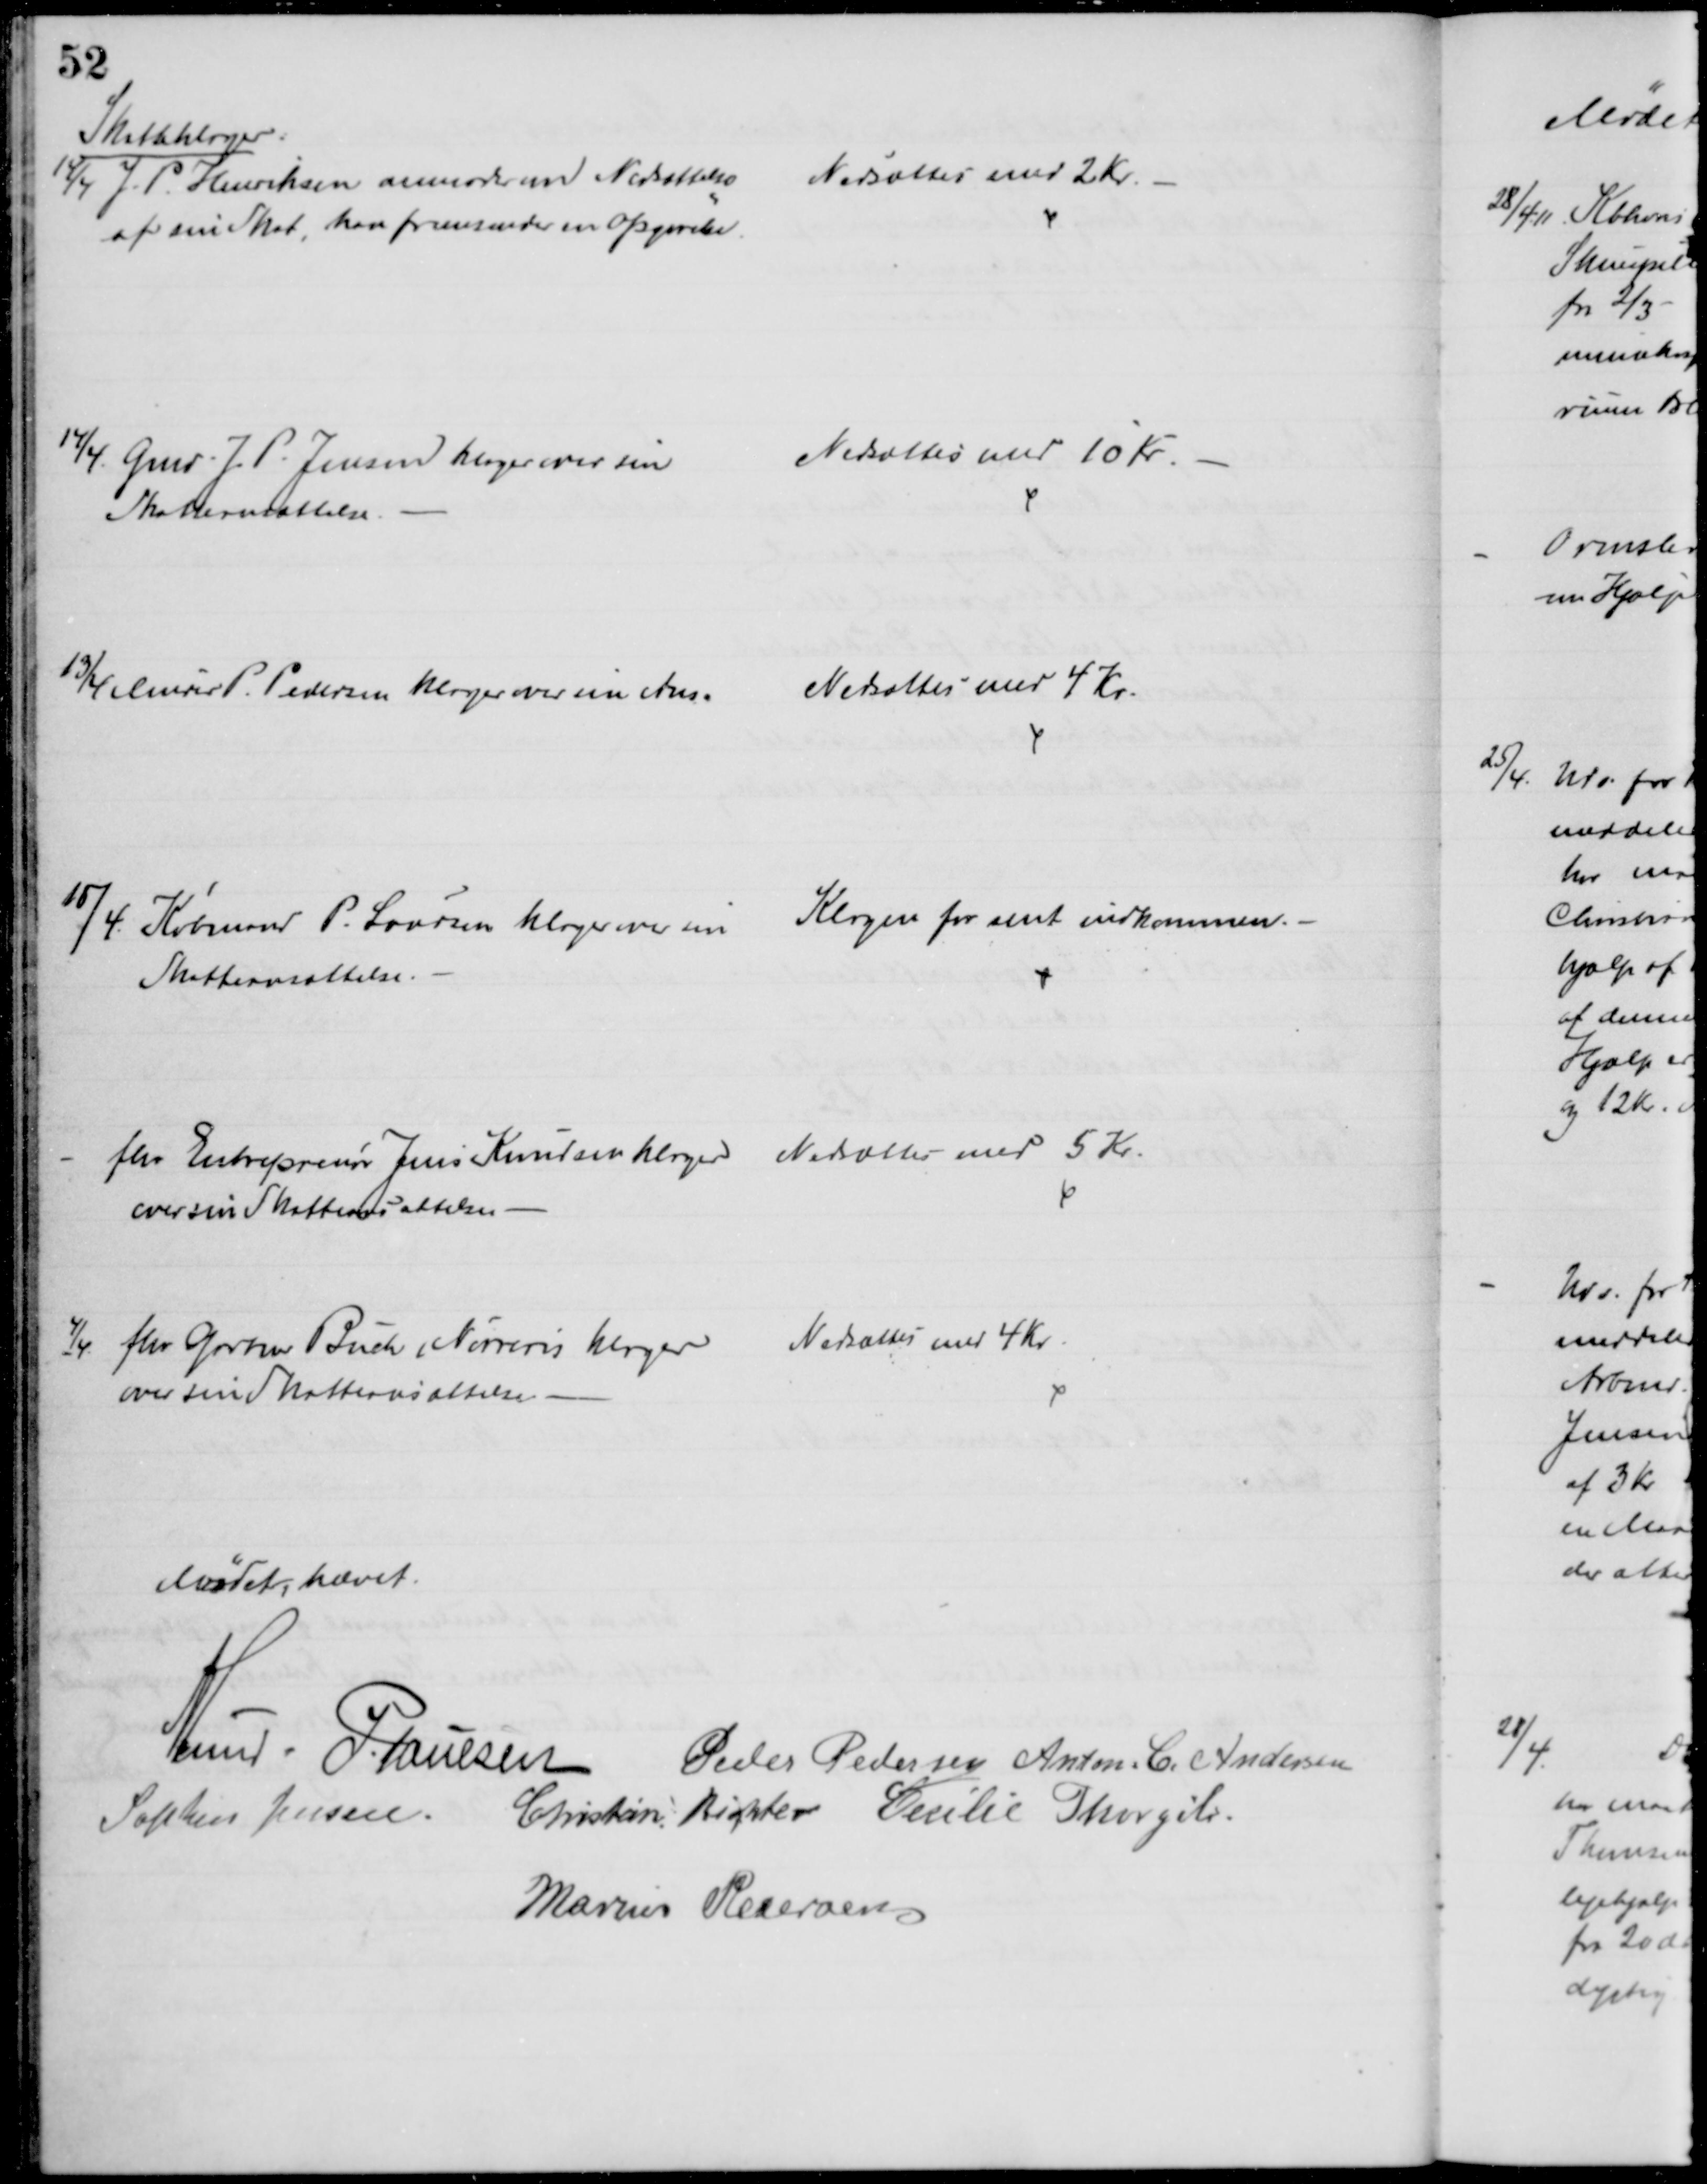
Transskription:
Skatteklager:
14/4 J. P. Henriksen anmoder om Nedsættelse 
af sin Skat, han fremsender en Opgørelse.
Nedsættes med 2 Kr.
14/4 Gmd. J. P. Jensen klager over sin
Skatteansættelse
Nedsættes med 10 Kr
13/4 Murer P. Pedersen klager over sin Ans.
Nedsættes med 4 Kr.
15/4 Købmand P. Laursen klager over sin
Skatteansættelse.
Klagen for sent indkommen.
fhv Entreprenør Jens Knudsen klager 
over sin Skatteansættelse.
Nedsættes med 5 Kr.
4/4 fhv. Gartner Buch, Nørreris klager
over sin Skatteansættelse
Nedsættes med 4 Kr.
Mødet hævet.
A. Lund. P. Poulsen Peder Pedersen Anton. C. Andersen
Sophus Jensen.
Christian Richter Cecilie Thorgils
Marius Pedersen